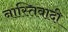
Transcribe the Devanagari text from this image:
नास्तिवादी